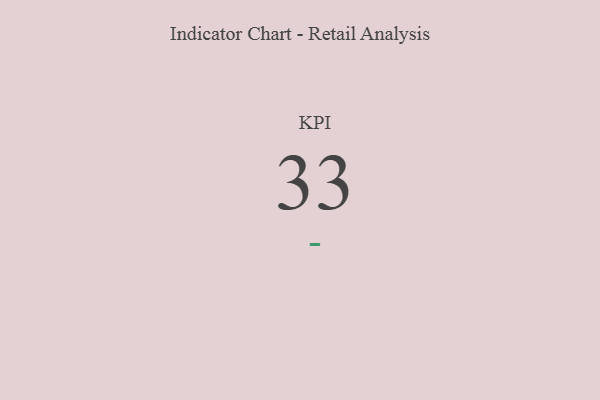
{"axis": {"x": "KPI", "y": "Value"}, "legend": [""], "data": [{"x": "KPI", "y": 33, "type": ""}]}